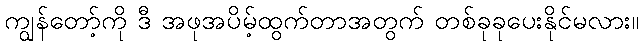
ကျွန်တော့်ကို ဒီ အဖုအပိမ့်ထွက်တာအတွက် တစ်ခုခုပေးနိုင်မလား။